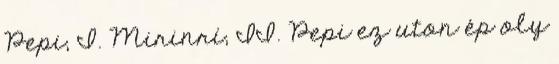
Pepi, I. Mirinrí, II. Pepi ez uton ép oly